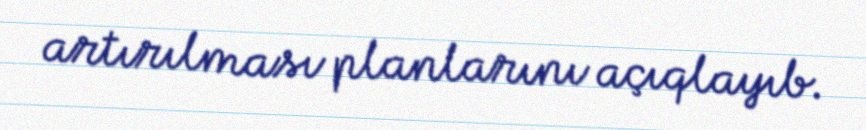
artırılması planlarını açıqlayıb.